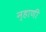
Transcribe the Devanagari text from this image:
न्हाणी